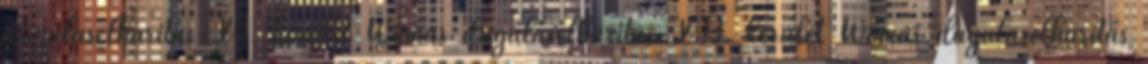
duguláselhárítás XI. kerület Womás duguláselhárítás XII. kerület Womás duguláselhárítás